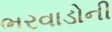
ભરવાડોની